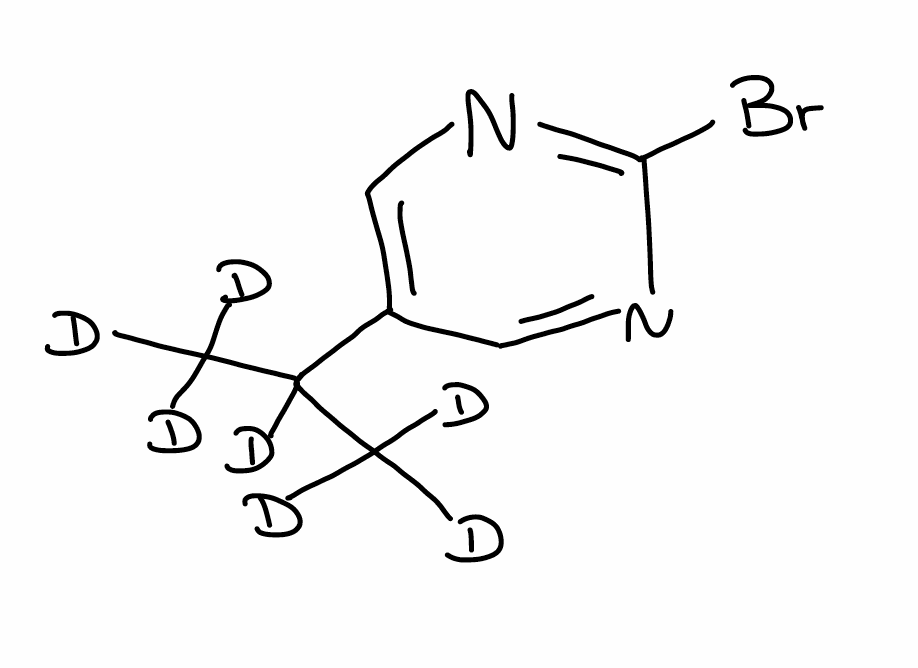
Simplified molecular-input line-entry system (SMILES) notation of the given molecule:
[2H]C([2H])([2H])C([2H])(C1=CN=C(N=C1)Br)C([2H])([2H])[2H]